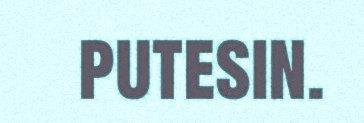
putesin.